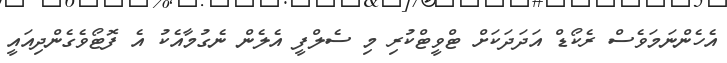
އެހެންނަމަވެސް ރެކޯޑް އަދަދަކަށް ޓްވީޓްކުރި މި ސެލްފީ އެލެން ނެގުމާއެކު އެ ފޮޓޯވެގެންދިއައީ